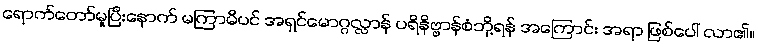
ရောက်တော်မူပြီးနောက် မကြာမီပင် အရှင်မောဂ္ဂလ္လာန် ပရိနိဗ္ဗာန်စံဘို့ရန် အကြောင်း အရာ ဖြစ်ပေါ် လာ၏။